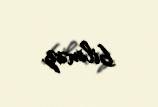
bilməz.